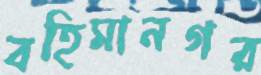
বহিমানগর